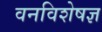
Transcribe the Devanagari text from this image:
वनविशेषज्ञ